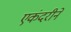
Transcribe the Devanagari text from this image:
एकंदरीने